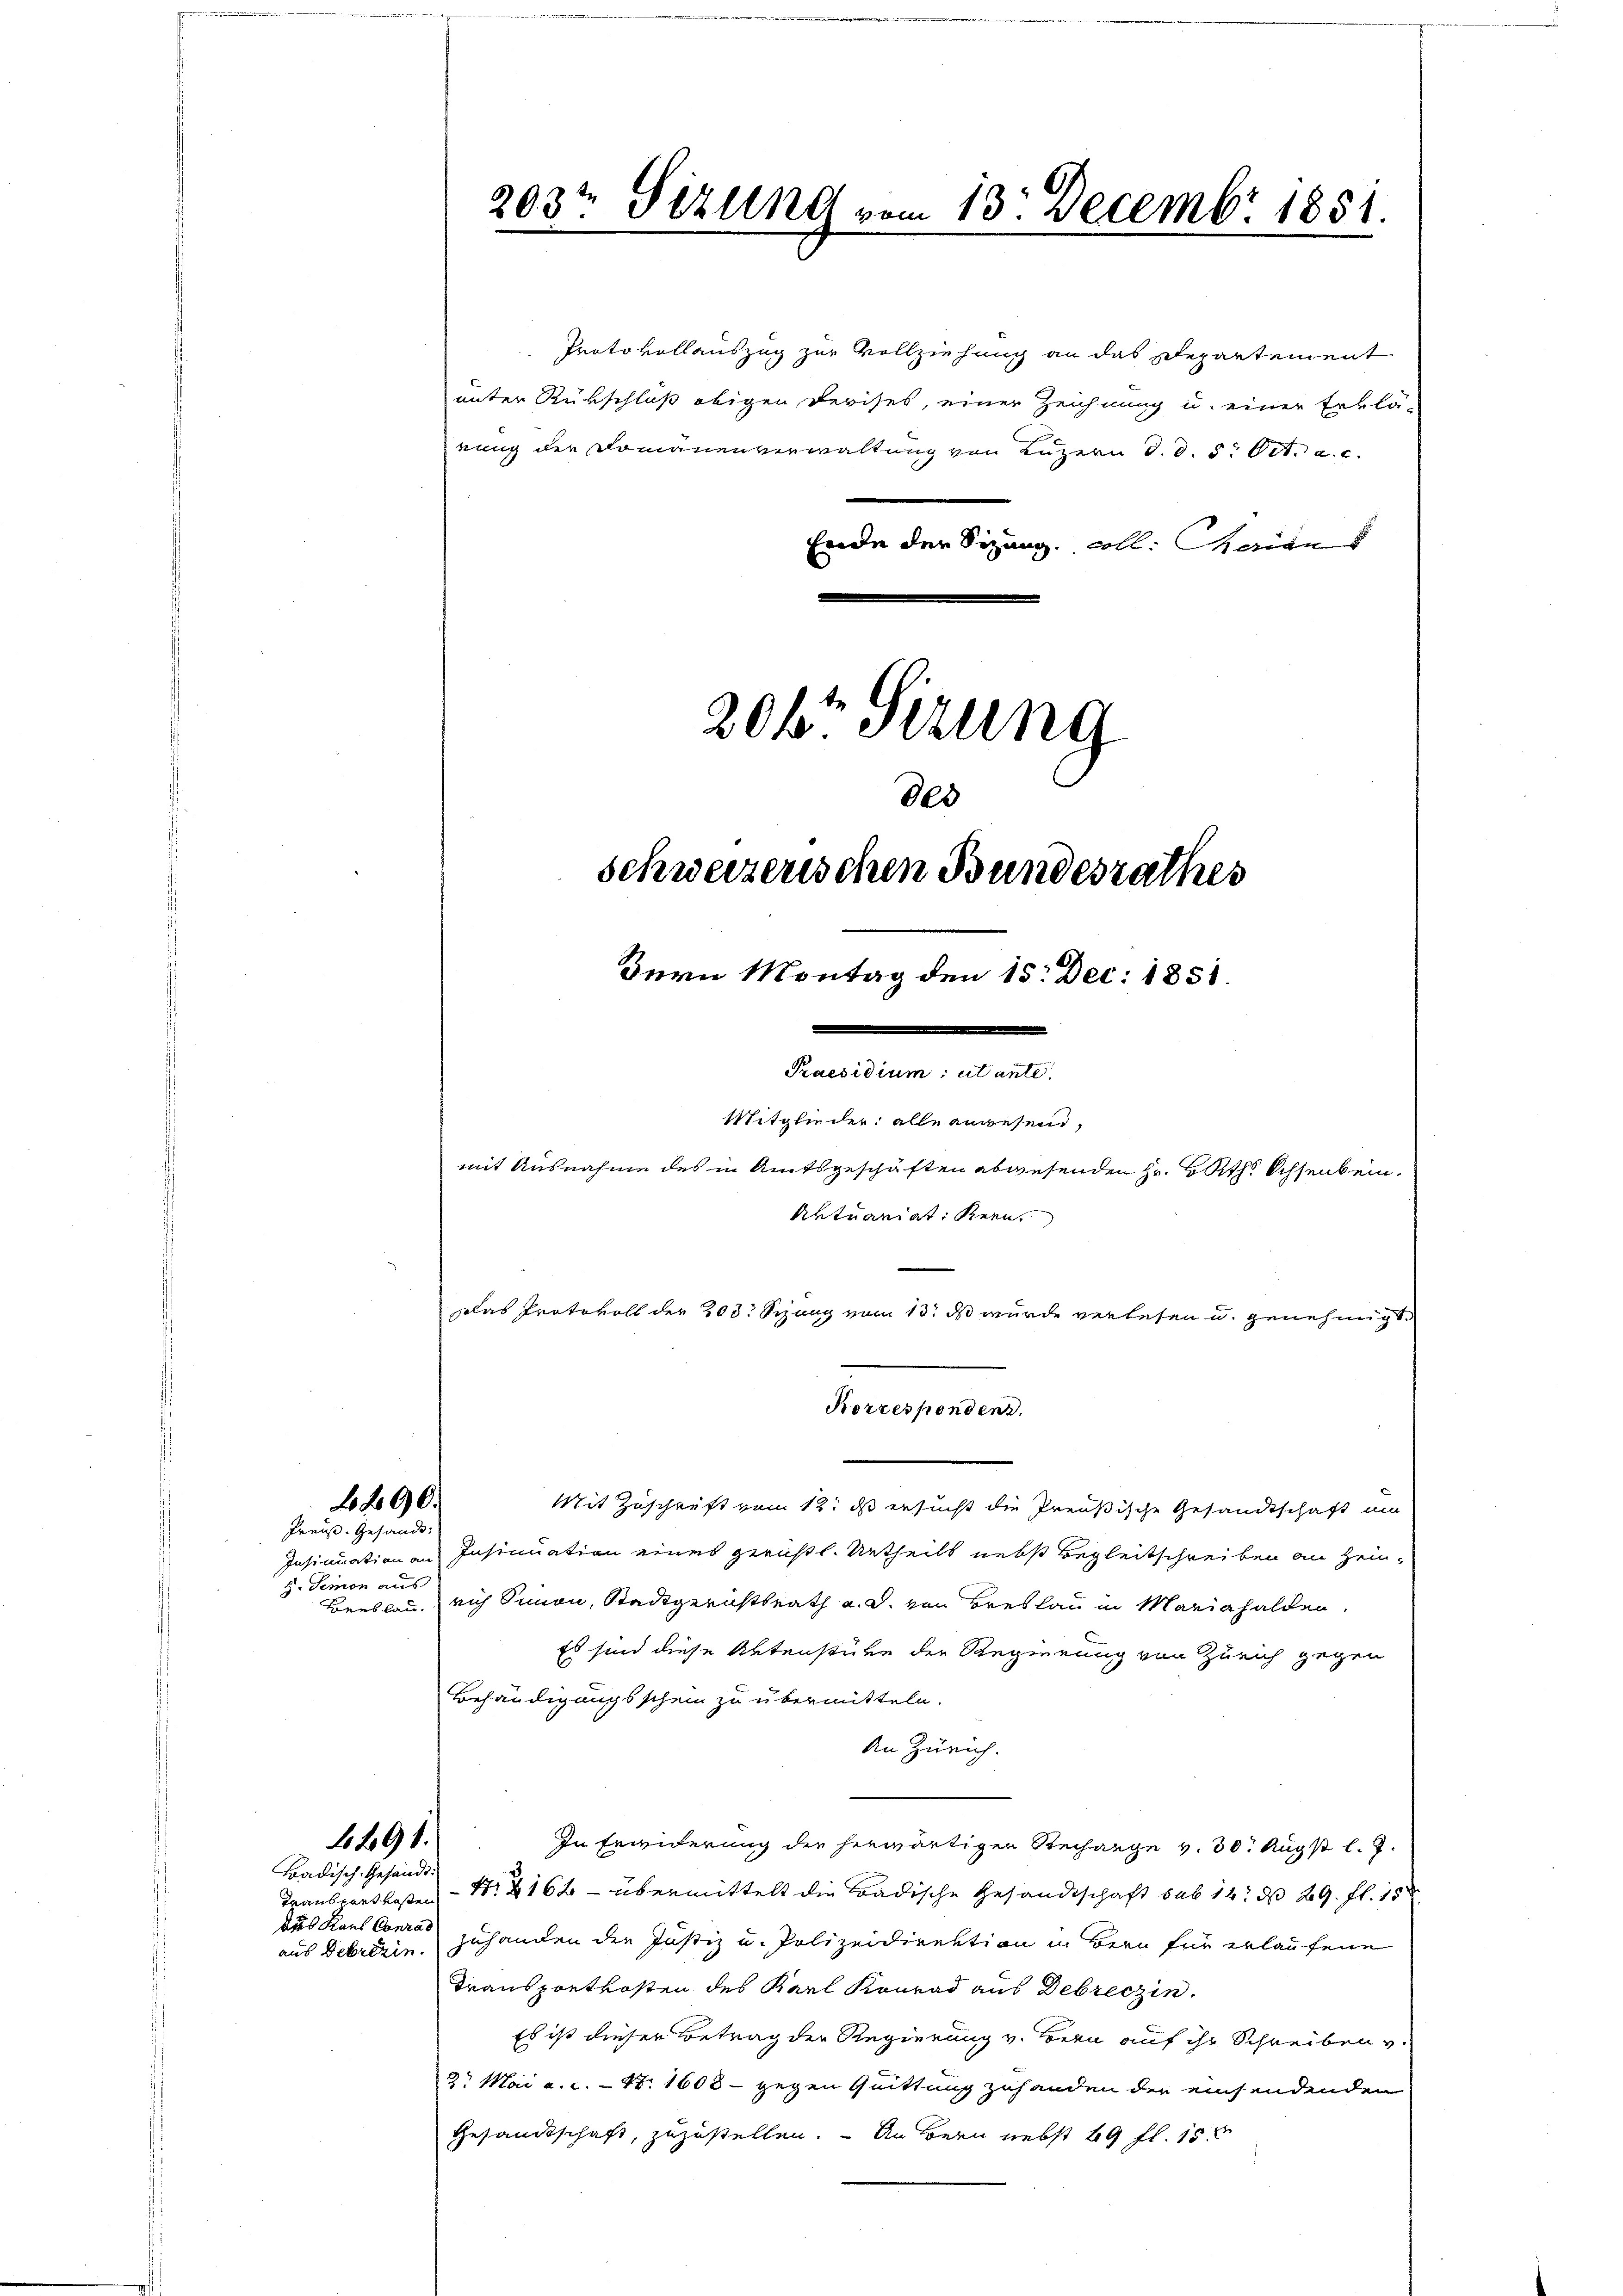
2890.

Preis. Gesandt:
8. Demon aus
Breslau,

Tradisch-Gesandt:
aus Debrizin.

1491.

Protokollauszug zur Vollziehung an das Departement
unter Rückschluß obigen Devises, einer Zeichnung u. einer Erklä-
rung der Domänenverwaltung von Luzern d. d. 5. Oct. a. c.
Ende der Sizung. All. Charian

203t Sizung vom 13. Decembr 1851.

206 Sitzung
800
schweizerischen Bundesrathes
Bern Montag den 15. Dec. 1851.
Praesidium, ut ante.
Mitglieder alle anwesend,
mit Ausnahme des in Amtsgeschäften abwesenden Hr. Raths Ochsenbein.
Aktuariat Kern
Das Protokoll der 203. Sizung vom 13t ds wurde verlesen u. genehmigt.

Mit Zuschrift vom 12. ds ersucht die Preußische Gesandtschaft um
Insinuation an Insinuation eines gerichtl. Urtheils nebst Begleitschreiben an Heinrich Simon, Stadtgerichtsrath a. d. von Breslau in Mariahalden,
Es sind diese Aktenstüre der Regierung von Zürich gegen
Behändigungsschein zu übermitteln.
An Zürich.
In Erwiderung der herwärtigen Rechange v. 30. Augst l. J.
Transportlosen - N. 162 — übermittelt die Badische Gesandtschaft sub 14. d. 29. fl. 18
Aus Kant Conrad zuhanden der Justiz u. Polizeidirektion in Bern für erlaufene
Transportkosten des Karl Konrad aus Debreczin.
Es ist dieser Betrag der Regierung v. Bern auf ihr Schreiben v.
2. Mai a.c. - 4. 1608 - gegen Quittung zuhanden der einsendenden
Gesandtschaft, zuzustellen. — An Bern nebst 69 fl. 1

Korrespondens.